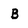
Character: B